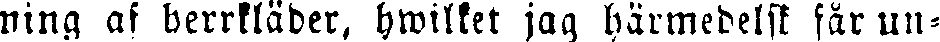
ning af herrkläder, hwilket jag härmedelst får un-